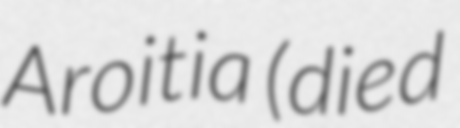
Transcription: Aroitia (died